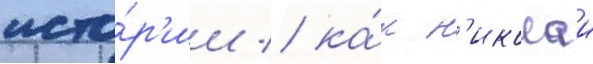
исто́р'ии / ка́к н'иколаи